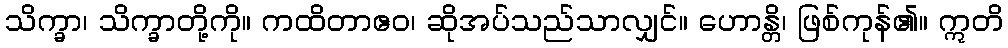
သိက္ခာ၊ သိက္ခာတို့ကို။ ကထိတာဧဝ၊ ဆိုအပ်သည်သာလျှင်။ ဟောန္တိ၊ ဖြစ်ကုန်၏။ ဣတိ